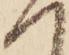
へ